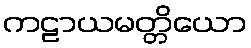
ကဠာယမတ္တိယော